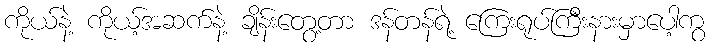
ကိုယ်နဲ့ ကိုယ့်အဆက်နဲ့ ချိန်းတွေ့တာ ဒန်တန်ရဲ့ ကြေးရုပ်ကြီးနားမှာပေါ့ကွ